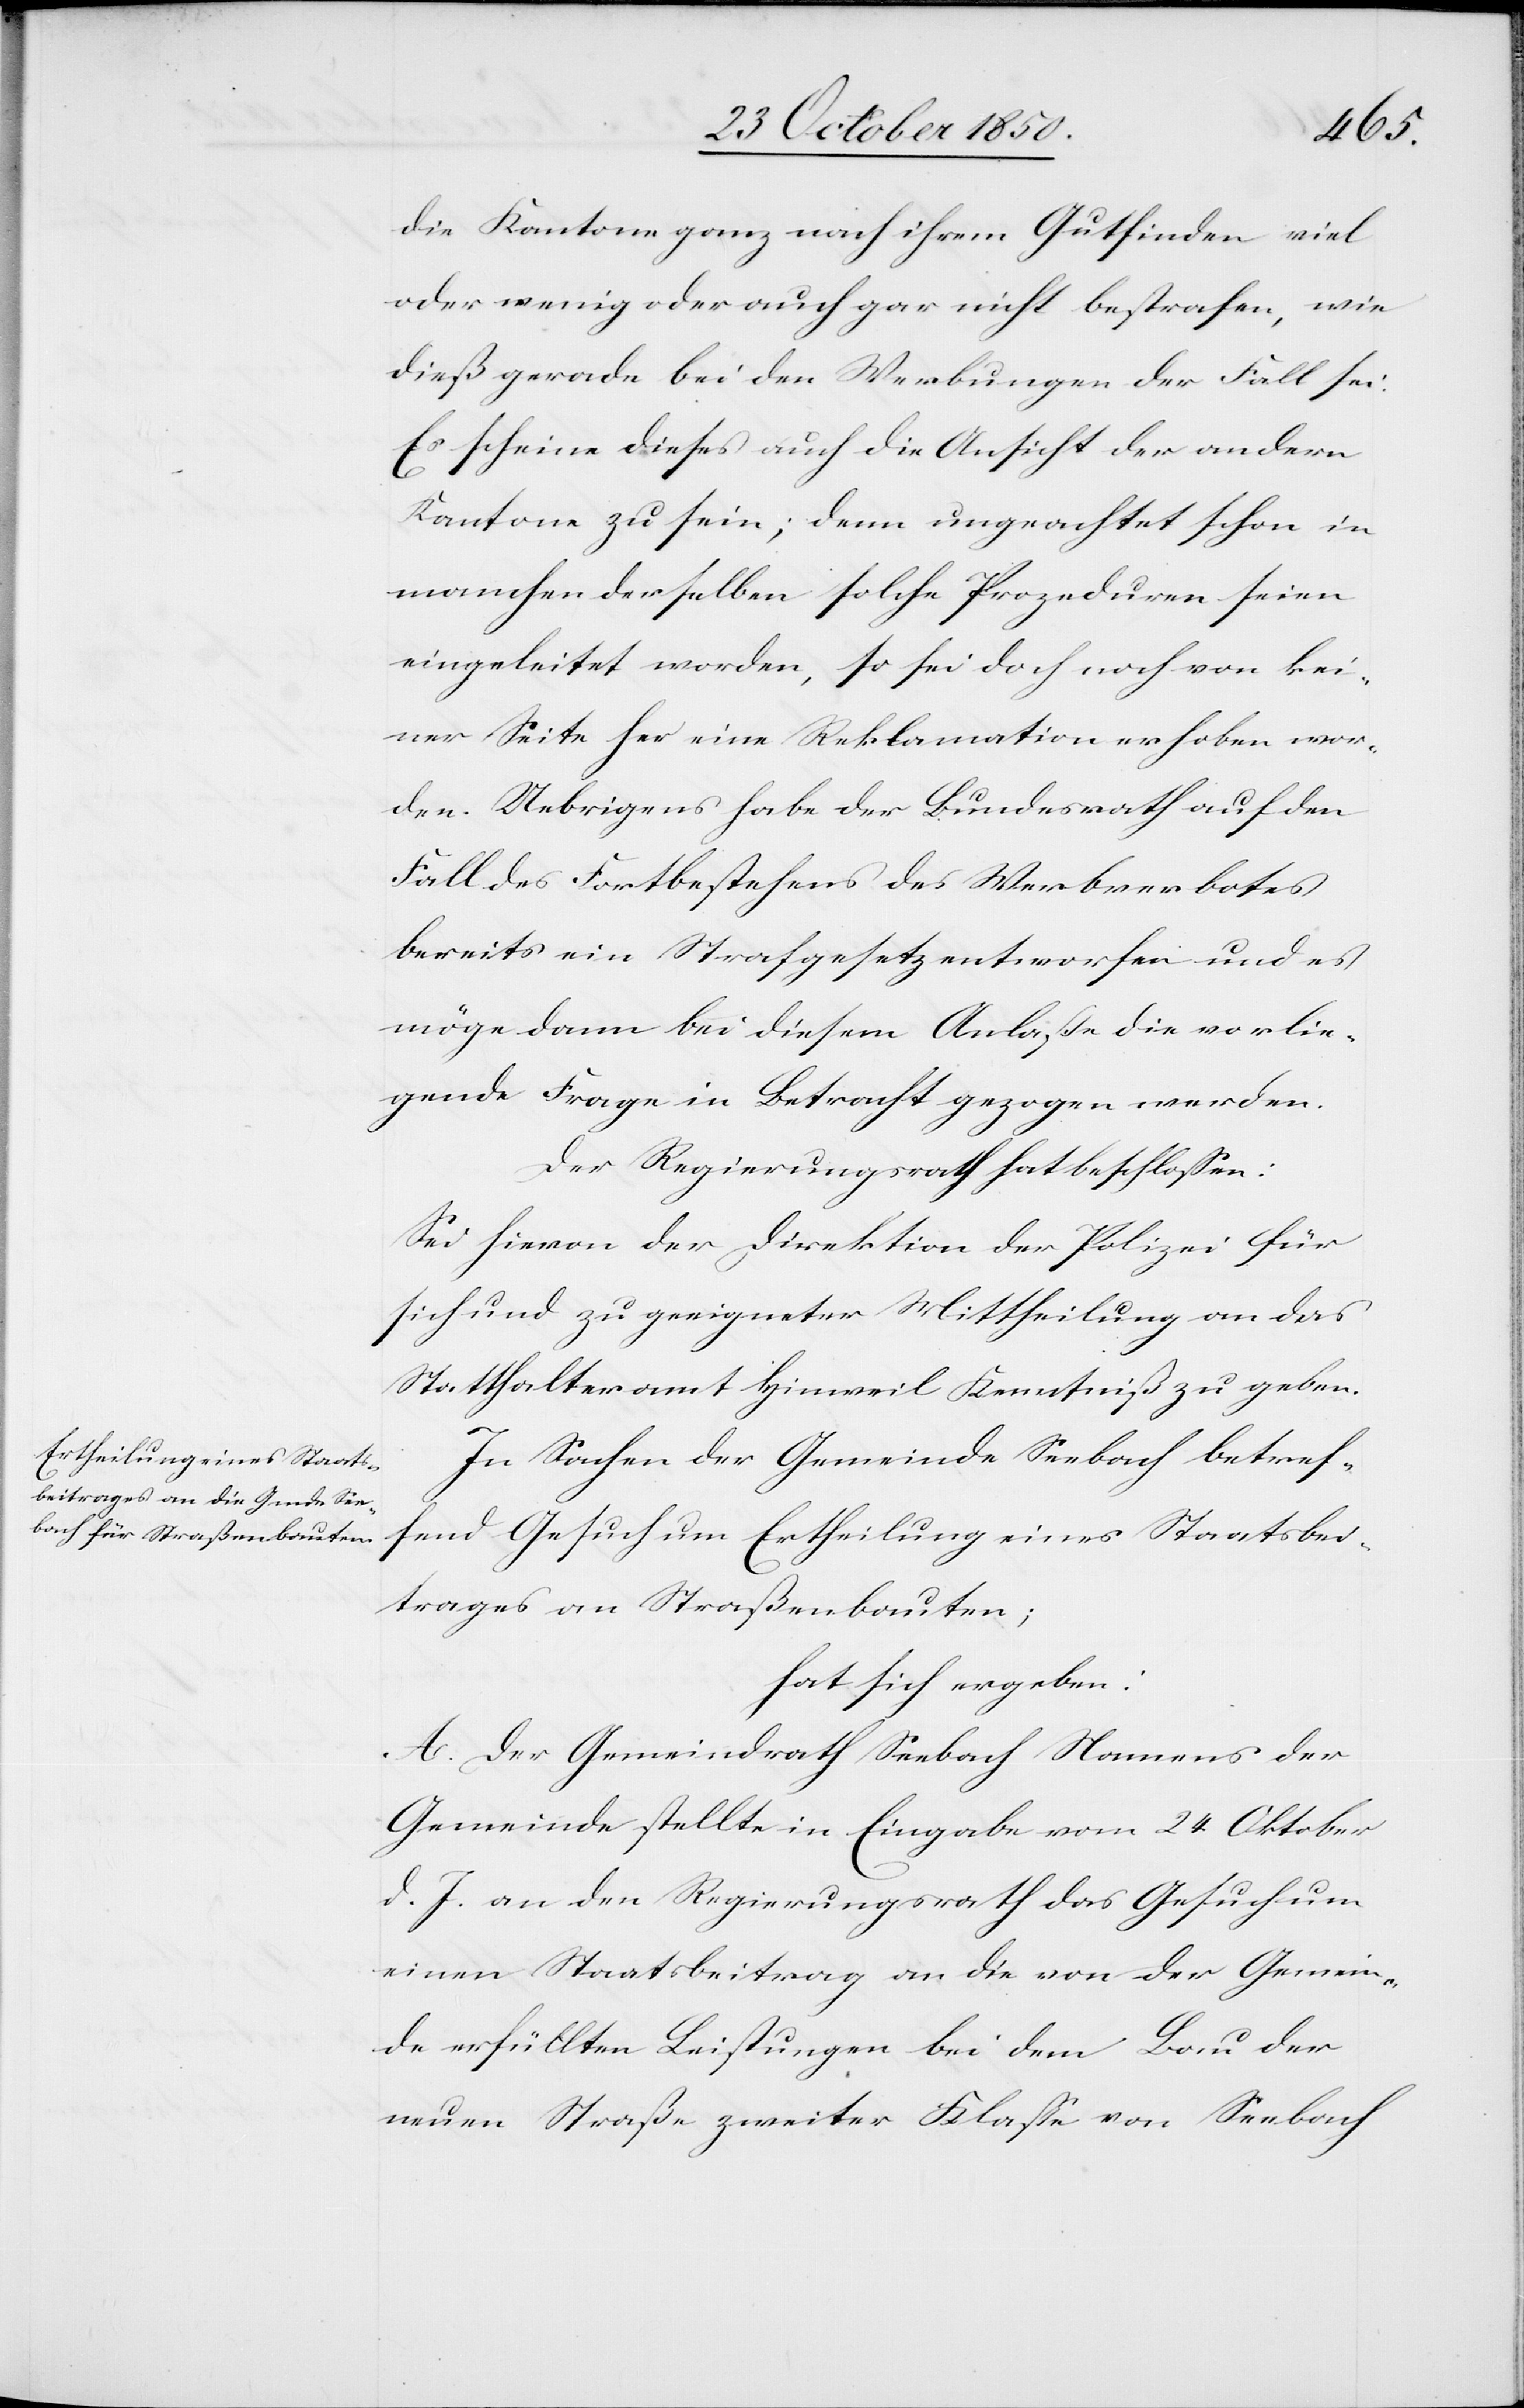
die Kantone ganz nach ihrem Gutfinden viel
oder wenig oder auch gar nicht bestrafen, wie
dieß gerade bei den Werbungen der Fall sei.
Es scheine dieses auch die Ansicht der andern
Kantone zu sein; denn ungeachtet schon in
manchen derselben solche Prozeduren seien
eingeleitet worden, so sei doch noch von kei¬
ner Seite her eine Reklamation erhoben wor¬
den. Uebrigens habe der Bundesrath auf den
Fall des Fortbestehens des Werbverbotes
bereits ein Strafgesetz entworfen und es
möge dann bei diesem Anlasse die vorlie¬
gende Frage in Betracht gezogen werden.
Der Regierungsrath hat beschlossen:
Sei hievon der Direktion der Polizei für
sich und zu geeigneter Mittheilung an das
Statthalteramt Hinweil Kenntniß zu geben.
In Sachen der Gemeinde Seebach betref¬
fend Gesuch um Ertheilung eines Staatsbei¬
trages an Straßenbauten;
hat sich ergeben:
A. Der Gemeindrath Seebach Namens der
Gemeinde stellte in Eingabe vom 24 Oktober
d. J. an den Regierungsrath das Gesuch um
einen Staatsbeitrag an die von der Gemein¬
de erfüllten Leistungen bei dem Bau der
neuen Straße zweiter Klasse von Seebach